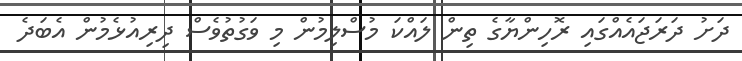
ދަށު ދަރަޖައެއްގައި ރޮހިންޔާގެ ތިން ލައްކަ މުސްލިމުން މި ވަގުތުވެސް ދިރިއުޅެމުން އެބަދެ